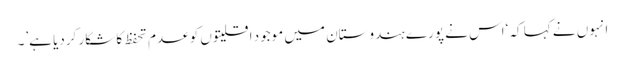
انہوں نے کہا کہ ‘اس نے پورے ہندوستان میں موجود اقلیتوں کو عدم تحفظ کا شکار کردیا ہے’۔